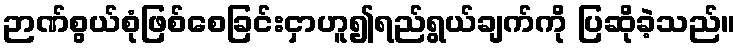
ဉာဏ်စွယ်စုံဖြစ်စေခြင်းငှာဟူ၍ရည်ရွယ်ချက်ကို ပြဆိုခဲ့သည်။